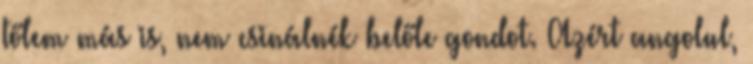
tőlem más is, nem csinálnék belőle gondot. Azért angolul,